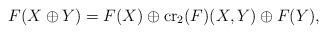
LaTeX: \begin{align*} F(X \oplus Y) = F(X) \oplus \operatorname{cr}_2(F)(X,Y) \oplus F(Y), \end{align*}